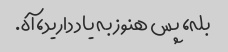
بله، پس هنوز به یاد دارید، آه.